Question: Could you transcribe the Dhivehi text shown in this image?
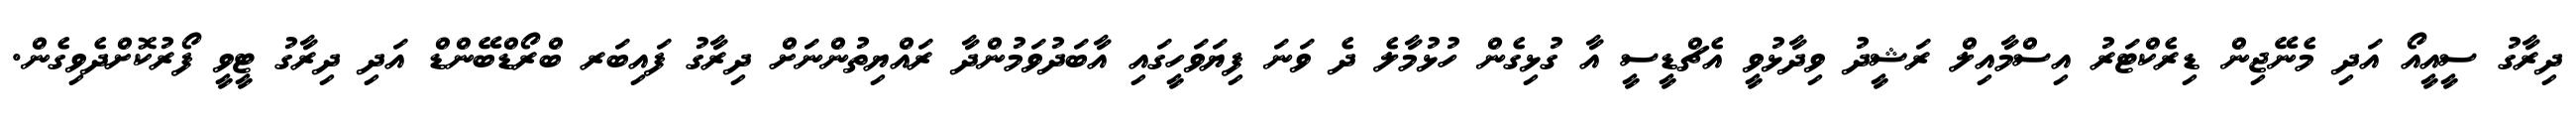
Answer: ދިރާގު ސީއީއޯ އަދި މެނޭޖިން ޑިރެކްޓަރު އިސްމާއިލް ރަޝީދު ވިދާޅުވީ އެޗްޑީސީ އާ ގުޅިގެން ހުޅުމާލެ ދެ ވަނަ ފިޔަވަހީގައި އާބަދުވަމުންދާ ރައްޔިތުންނަށް ދިރާގު ފައިބަރ ބްރޯޑްބޭންޑް އަދި ދިރާގު ޓީވީ ފޯރުކޮށްދެވިގެން.